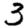
Digit: 3